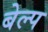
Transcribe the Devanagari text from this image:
बेल्प